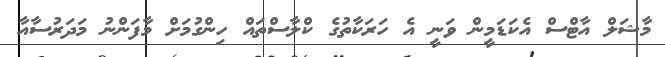
މާޝަލް އާޓްސް އެކަޑަމީން ވަނީ އެ ހަރަކާތުގެ ކްލާސްތައް ހިންގުމަށް މާފަންނު މަދަރުސާއާ